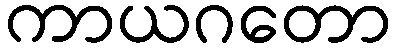
ကာယဂတော